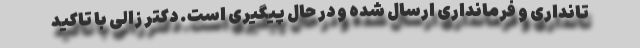
تانداری و فرمانداری ارسال شده و در حال پیگیری است. دکتر زالی با تاکید